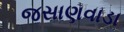
જસાણવાડા